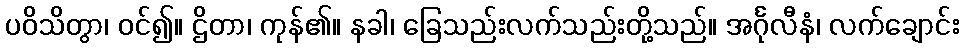
ပဝိသိတွာ၊ ဝင်၍။ ဌိတာ၊ ကုန်၏။ နခါ၊ ခြေသည်းလက်သည်းတို့သည်။ အင်္ဂုလီနံ၊ လက်ချောင်း